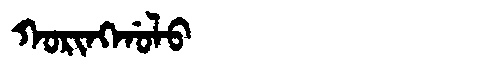
Manchu: ᡴᠣᡵᡳᠩᡤᠣᠯᠣ
Romanization: KORINGGOLO